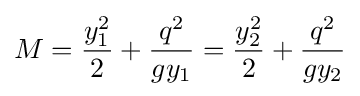
M={y_{1}^{2} \over 2}+{q^{2} \over gy_{1}}={y_{2}^{2} \over 2}+{q^{2} \over gy_{2}}